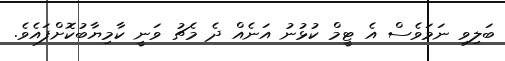
ބަލިވި ނަމަވެސް އެ ޓީމް ކުޅުނު އަނެއް ދެ މެޗު ވަނީ ކާމިޔާބުކޮށްފައެވެ.